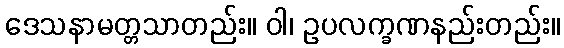
ဒေသနာမတ္တသာတည်း။ ဝါ၊ ဥပလက္ခဏနည်းတည်း။